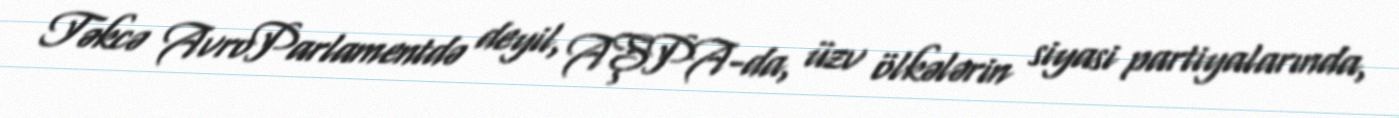
Təkcə AvroParlamentdə deyil, AŞPA-da, üzv ölkələrin siyasi partiyalarında,